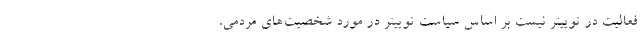
فعالیت در توییتر نیست بر اساس سیاست توییتر در مورد شخصیت‌های مردمی،